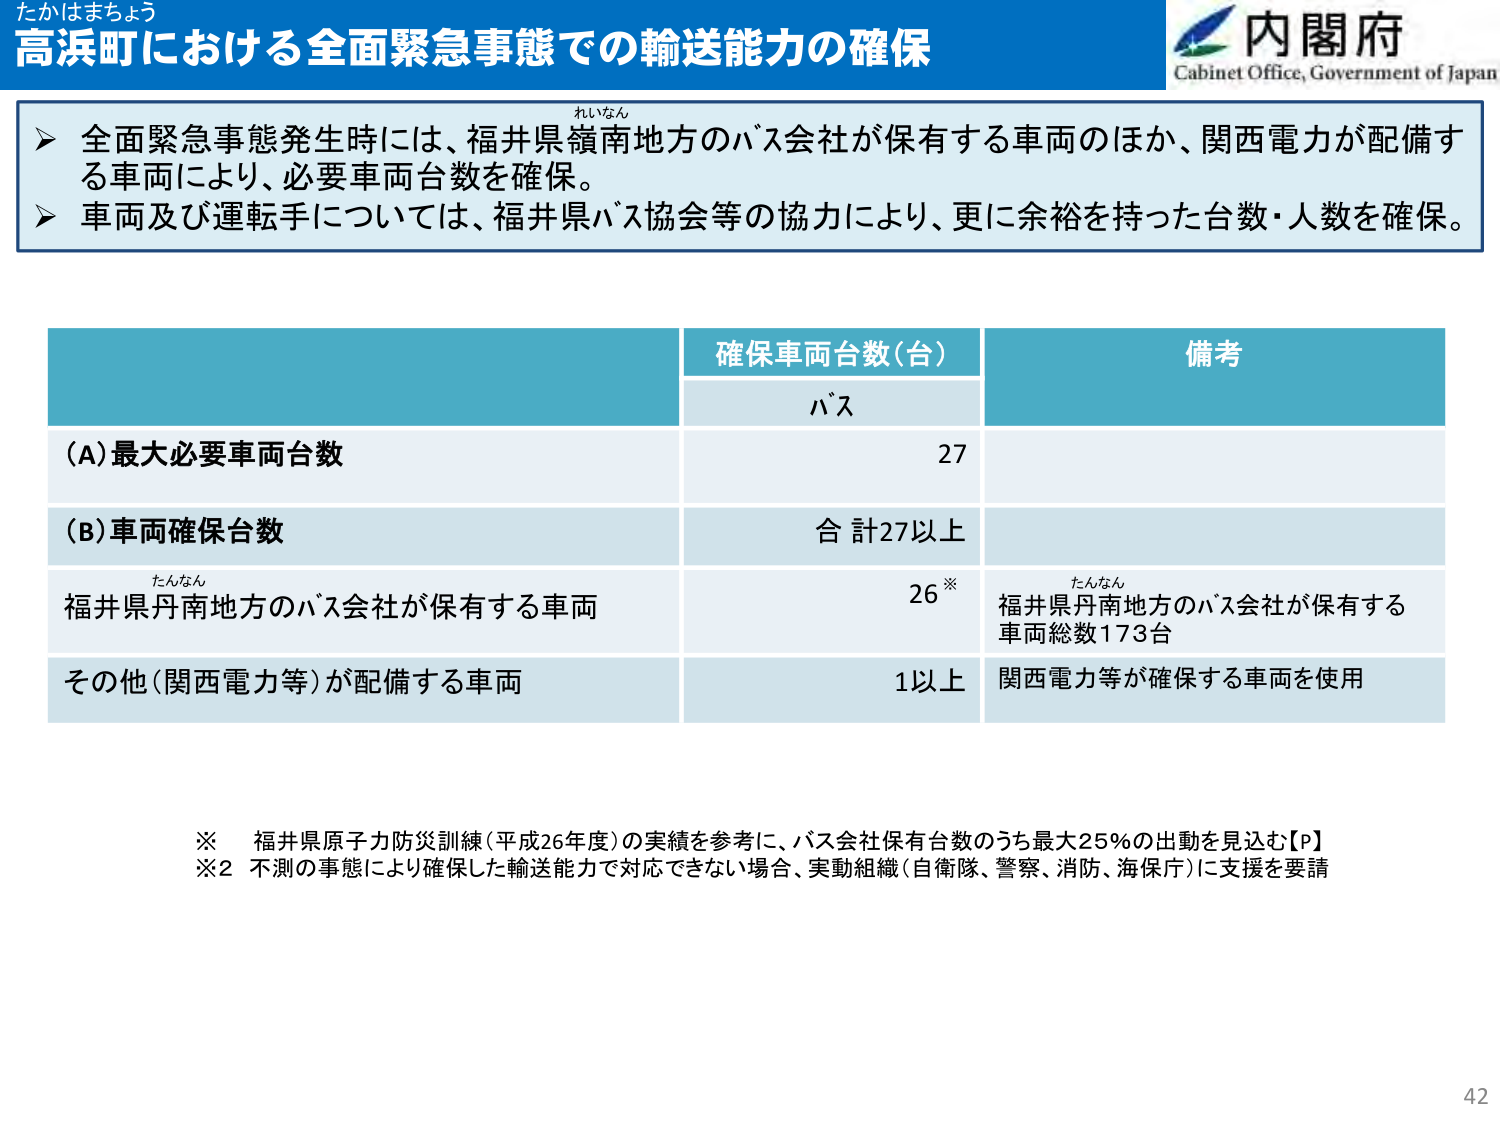
たかはまちょう
高浜町における全面緊急事態での輸送能力の確保
内閣府
Cabinet Office, Government of Japan

▶ 全面緊急事態発生時には、福井県嶺南地方のバス会社が保有する車両のほか、関西電力が配備する車両により、必要車両台数を確保。
▶ 車両及び運転手については、福井県バス協会等の協力により、更に余裕を持った台数・人数を確保。

確保車両台数（台）
バス
備考

（A）最大必要車両台数
27

（B）車両確保台数
合計27以上

福井県丹南地方のバス会社が保有する車両
26※
たんなん
福井県丹南地方のバス会社が保有する車両総数173台

その他（関西電力等）が配備する車両
1以上
関西電力等が確保する車両を使用

※ 福井県原子力防災訓練（平成26年度）の実績を参考に、バス会社保有台数のうち最大25％の出動を見込む【P】
※2 不測の事態により確保した輸送能力で対応できない場合、実動組織（自衛隊、警察、消防、海保庁）に支援を要請

42